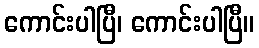
ကောင်းပါပြီ၊ ကောင်းပါပြီ။